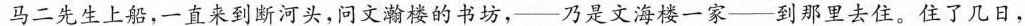
马二先生上船，-直来到断河头，问文瀚楼的书坊，--乃是文海楼一家--到那里去住。住了几日，